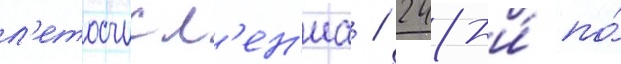
л'етосчисл'ен'иа / 248-и́ по́